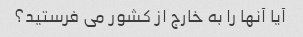
آیا آنها را به خارج از کشور می فرستید؟